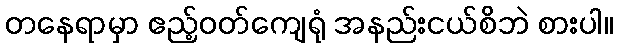
တနေရာမှာ ဧည့်ဝတ်ကျေရုံ အနည်းငယ်စိဘဲ စားပါ။